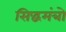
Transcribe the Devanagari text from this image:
सिद्धमंत्रो